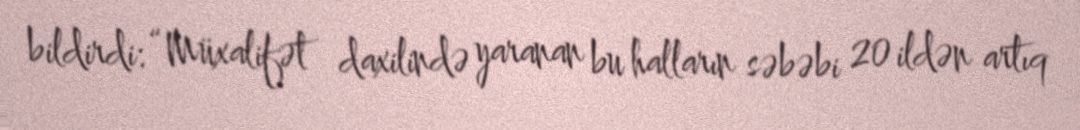
bildirdi: “Müxalifət daxilində yaranan bu halların səbəbi 20 ildən artıq